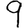
Digit: 9